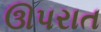
ઊપરાત